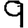
Digit: 9